Annual statistical returns and brief notes on vaccination in Bengal - 1896-1909
Year: 1896
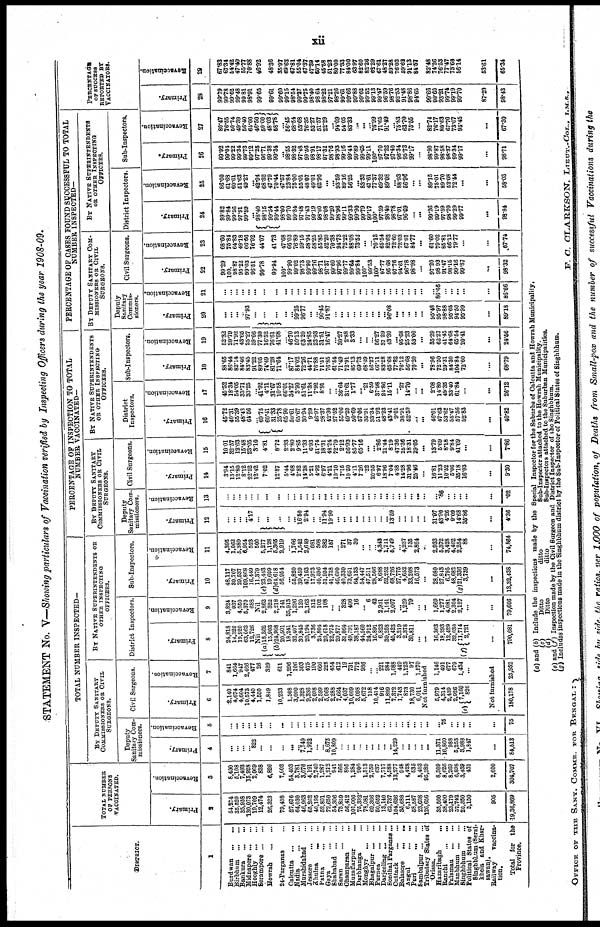
xii
STATEMENT No. V—Showing particulars of Vaccination verified by Inspecting Officers during the year 1908-09.
DISTRICT.
1
Burdwan
...
...
Birbhum
...
...
Bankura
...
...
Midnapore ... ...
Hooghly
...
...
Serampore ... ...
Howrah
...
...
24-Parganas ...
Calcutta
...
...
Nadia
...
...
Murshidabad ...
Jessore
...
...
Khulna ... ...
Patna ... ...
Gaya
...
...
Shahabad
...
...
Saran
...
...
Champaran ...
Muzaffarpur
...
Darbhanga ...
Monghyr
...
...
Bhagalpur ... ...
Purnea
...
...
Darjeeling ... ...
Sonthal Parganas ...
Cuttack ...
Balasore
...
...
Angul
...
...
Puri
...
...
Samblpur
...
...
Tributary States of
Orissa.
Hazaribagh
... ...
Ranchi
...
...
Palamau
...
...
Manbhum ... ...
Singhbhum ...
Political States of
Singhbhum (Serai¬
khela and Khar¬
sawan).
Railway vaccina-
tion.
Total for the
Province.
TOTAL NUMBER
OF PERSONS
VACCINATED.
Primary.
2
54,374
35,520
35,938
130,073
19,709
12,474
26,323
79,498
27,676
64,030
46,963
65,262
40,195
52,801
72,650
54,306
75,859
56,412
101,006
75,332
78,081
69,366
50,652
13,140
62,737
104,636
35,688
6,111
58,587
23,608
126,656
35,560
38,400
23,179
57,742
20,350
5,150
905
19,36,869
Revaccination.
3
8,400
5,108
7,498
15,928
2,069
838
6,826
7,603
54,403
3,781
3,076
4,191
2,740
1,287
1,212
941
566
895
1,284
900
1,513
2,759
637
7,717
4,588
13,277
948
4,428
535
5,403
95,389
8,309
8,626
8,269
6,898
3,439
431
2,600
304,707
TOTAL NUMBER INSPECTED—
BY DEPUTY SANITARY
COMMISSIONERS OR CIVIL
SURGEONS.
Deputy
Sanitary Com-
missioners.
Primary.
4
...
...
...
...
822
...
...
...
...
...
7,749
1,922
...
...
8,675
10,809
...
...
...
...
...
...
...
...
...
14,229
...
...
...
...
...
11,371
16,860
988
5,253
3,988
1,847
...
84,513
Revaccination.
5
...
...
...
...
...
...
...
...
...
...
...
...
...
... ...
...
...
...
...
...
...
...
...
...
...
...
...
...
...
...
...
...
75
...
...
...
...
...
75
Civil Surgeons.
Primary.
6
2,140
4,674
4,604
10,573
4,440
1,650
1,849
10,233
1,508
3,000
1,328
9,386
2,098
2,599
5,068
2,288
7,664
4,037
10,609
3,098
5,672
158
10,414
916
11,899
7,372
1,743
873
18,730
6,011
Revaccination.
7
841
1,664
947
2,466
477
26
329
611
1,296
106
303
475
190
666
222
454
412
19
731
772
986
...
... 221
984
1,088
449
1,123
97
1,570
Not furnished
5,979
4,314
2,439
2,926
(e)
7,160
826
1,146
491
677
679
1,434
...
Not furnished
180,178 23,952
BY NATIVE SUPERINTENDENTS OR
OTHER INSPECTING
OFFICERS.
District Inspectors
Primary.
8
24,818
14,320
19,920
63,663
12,726
Nil
(a)
(a)
18,362
15,903
24,908
20,501
18,241
32,407
30,845
20,194
3,736
24,804
20,618
22,975
20,877
31,064
49,791
38,187
44,560
24,912
16,891
6,823
30,253
45,423
3,219
2,378
30,811
...
...
16,363
18,293
12,429
32,030
(f) 11,714
2,721
...
790,681
Revaccination.
9
3,824
937
4,050
5,370
688
Nil
2,862
322
2,218
741
35,913
1,296
120
2,163
312
102
108
...
... 328
406
16
... 6
42
2,931
1,141
2,007
...
1,229
79
...
...
1,669
1,277
4,081
2,304
2,127
...
...
79,606
Sub-Inspectors.
Primary.
10
48,117
30,707
29,537
109,868
16,449
11,379
(c) 23,443
19,609
(d)64,618
56,954
...
55,820
39,459
47,163
17,973
46,596
51,954
41,738
46,690
40,330
73,651
64,133
54,447
47,511
28,506
8,688
52,262
68,726
27,775
4,652
33,208
16,573
...
28,080
27,843
6,795
48,682
(g)21,336
3,739
...
13,32,438
Revaccination.
11
4,395
1,062
5,389
6,954
523
500
5,277
1,128
5,365
2,919
... 1,766
1,542
2,649
681
308
382
157
... 271
37
30
...
...
... 4,343
1,711
5,749
... 4,237
135
2,864
...
2,933
5,372
3,428
4,462
2,254
88
...
74,864
PERCENTAGE OF INSPECTION TO TOTAL
NUMBER VACCINATED—
BY DEPUTY SANITARY
COMMISSIONERS OR CIVIL
SURGEONS.
Deputy
Sanitary Com-
missioners.
Primary.
12
...
... ...
... 4.17
...
...
...
... ...
16.50
2.94
...
...
11.94
19.90
... ...
...
... ...
...
... ...
...
13.59
...
...
...
... ...
31.97
43.90
4.26
9.09
14.68
35.86
...
4.36
Revaccination.
13
...
...
...
...
...
...
...
...
...
...
...
...
...
...
...
...
...
...
...
...
...
...
...
...
...
...
...
...
...
...
...
...
.86
...
...
...
...
...
.02
Civil Surgeons.
Primary.
14
3.94
13.15
12.80
8.12
22.52
12.42
7.02
12.87
5.44
4.68
2.82
14.38
5.21
4.92
6.97
4.21
10.10
7.15
10.50
4.11
7.26
.22
20.55
6.97
18.96
7.04
4.88
14.28
31.96
25.46
...
16.81
11.23
10.52
5.06
35.18
16.03
...
9.30
Revaccination.
15
10.01
32.57
12.63
15.48
23.05
3.10
4.81
8.72
2.88
2.80
9.85
11.33
6.93
51.74
18.31
48.24
72.79
2.12
66.93
85.77
65.16
... ... 2.86
21.44
8.19
47.36
25.36
18.31
29.05
...
13.79
5.69
8.18
9.84
41.69
...
...
7.86
BY NATIVE SUPERINTENDENTS
OR OTHER INSPECTING
OFFICERS.
District
Inspectors.
Primary.
16
45.72
40.31
55.39
48.48
64.56
... 69.75
60.41
31.33
25.78
65.90
50.61
65.67
30.94
9.29
46.97
28.37
42.30
27.52
55.06
49.29
50.69
57.06
35.91
33.34
51.92
48.23
43.41
9.01
38.91
52.59
...
...
46.01
47.63
53.62
55.47
57.56
52.83
...
40.82
Revaccination.
17
45.52
18.34
54.05
33.71
33.25
...
41.92
4.71
31.67
10.58
66.01
34.27
3.90
51.61
11.38
7.92
8.91
...
...
36.64
31.61
1.77
... .21
6.59
37.98
24.86
15.11
... .27
14.70
...
...
2.08
14.80
49.35
33.40
61.84
...
...
26.12
Sub-Inspectors.
Primary.
18
88.65
86.44
82.14
84.46
83.45
91.22
89.05
74.49
81.28
71.64
...
87.17
84.02
72.26
44.71
76.88
71.51
76.85
61.54
71.49
72.91
85.13
69.73
68.49
56.27
66.11
83.28
65.68
77.82
76.12
56.68
70.20
...
78.96
72.50
29.31
84.30
104.84
72.60
...
68.79
Revaccination.
19
62.82
20.79
71.92
43.65
25.27
59.66
77.30
16.52
76.61
41.68
... 46.70
50.13
63.20
24.85
23.93
31.51
16.47
...
30.27
2.88
3.33
...
...
... 56.27
37.29
43.30
...
95.68
25.23
53.00
...
35.29
62.27
41.45
64.68
65.54
20.41
...
24.56
PERCENTAGE OP CASES FOUND SUCCESSFUL TO TOTAL
NUMBER INSPECTED—
BY DEPUTY SANITARY COM-
---------- OR CIVIL.
SURGEONS.
Deputy
Sanitary
Commis-
sioners.
Primary.
20
...
...
...
... 97.93
...
...
...
... ...
99.25
96.77
...
...
90.45
91.87
... ...
...
...
...
...
...
... ...
96.08
... ...
...
... ...
95.48
95.97
98.88
95.65
94.50
95.99
...
89.18
Revaccination.
21
...
...
...
...
...
...
...
...
...
...
...
...
...
...
...
...
...
...
...
...
...
...
...
...
...
...
...
...
...
...
...
...
86.66
...
...
...
...
...
86.66
Civil Surgeons.
Primary.
22
99.29
100.
98.87
95.22
99.03
96.51
99.78
99.94
100.
99.90
99.02
98.73
99.90
99.76
98.71
97.37
99.60
97.96
99.77
99.64
99.84
100.
99.53
100.
97.77
95.68
97.76
94.61
96.78
98.98
...
97.20
98.93
91.47
98.15
99.16
99.87
...
98.32
Revaccination.
23
68.60
75.84
64.83
49.18
66.66
76.92
44.07
41.73
47.68
66.03
76.89
59.15
58.94
58.25
55.85
52.20
70.38
94.73
72.22
88.08
73.52
...
... 70.13
65.54
82.62
72.60
72.03
67.01
84.77
...
61.60
79.02
85.81
66.12
79.77
...
...
67.74
BY NATIVE SUPERINTENDENTS
OR OTHER INSPECTING
OFFICERS.
District Inspectors.
Primary.
24
99.82
99.84
99.56
97.91
99.59
...
98.40
98.15
99.54
99.44
98.00
99.70
99.84
97.48
97.43
99.19
98.00
98.08
99.20
98.96
99.11
99.33
99.90
99.79
99.17
100.
97.59
98.40
98.78
97.01
96.69
... ...
99.26
99.19
97.59
98.70
99.29
99.77
...
98.84
Revaccination.
25
86.00
61.68
60.61
51.63
49.27
...
42.94
68.32
47.79
70.44
47.57
23.84
75.00
55.01
48.07
49.01
62.96
...
...
93.59
89.16
56.25
...
83.33
47.61
77.37
69.32
89.08
... 88.93
56.96
...
...
89.15
75.01
89.70
52.08
72.44
...
...
58.03
Sub-Inspectors.
Primary.
26
99.92
99.04
99.22
99.34
99.73
99.12
97.25
96.71
99.38
99.34
...
98.55
98.32
97.48
99.56
98.91
98.17
97.32
98.76
98.93
99.16
99.44
99.89
99.65
99.11
100.
97.70
97.22
97.40
96.34
95.73
99.17
...
98.90
99.87
98.58
98.37
99.34
99.17
...
98.71
Revaccination.
27
80.47
76.55
50.74
49.39
56.40
64.00
46.50
50.00
48.03
58.78
...
56.45
68.54
53.68
76.35
52.27
51.57
22.29
...
94.09
54.05
83.33
...
... ...
76.99
71.65
91.49
... 75.83
63.70
75.55
...
82.74
76.17
80.63
67.70
73.07
95.45
...
67.30
PERCENTAGE
OF SUCCESS
REPORTED BY
VACCINATORS.
Primary.
28
99.79
99.78
99.62
99.48
99 81
98.91
99.65
99.61
99.60
99.15
98.54
99.27
99.75
98.40
98.64
98.22
97.21
98.26
99.61
99.66
99.88
99.62
99.52
99.13
99.47
96.59
98.76
92.53
91.48
98.86
94.65
99.66
99.60
93.21
99.74
99.19
99.70
87.29
98.43
Revaccination.
29
67.83
67.34
54.42
47.40
55.77
70.88
46.92
48.36
35.97
69.63
67.81
55.04
67.37
47.39
60.14
45.58
51.23
80.00
77.33
84.00
63.97
82.60
82.26
62.29
67.61
48.27
59.28
76.03
59.62
91.13
84.57
82.48
74.26
76.53
77.47
73.68
56.14
53.61
65.34
(a) and (b) Include the inspections made by the Special Inspector for the Suburbs of Calcutta and Howrah Municipality.
(c)
Ditto
ditto
Sub-Inspector attached to the Howrah Municipality.
(d)
Ditto
ditto
Sub-Inspectois attached to the Suburban Municipalities.
(e) and (f) Inspection made by the Civil Surgeon and District Inspector of the Singhbhum.
(g) Includes inspections made in the Singhbhum district by the Sub-Inspector of Political States of Singhbhum.
OFFICE OF THE SANY. COMMR. FOR BENGAL :
F. C. CLARKSON, LIEUT.-COL., I.M.S.,